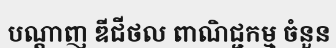
បណ្តាញ ឌីជីថល ពាណិជ្ជកម្ម ចំនួន